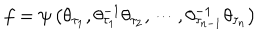
LaTeX: f = \psi \left( \theta _ { \tau _ { 1 } } , \theta _ { \tau _ { 1 } } ^ { - 1 } \theta _ { \tau _ { 2 } } , \cdots , \theta _ { \tau _ { n - 1 } } ^ { - 1 } \theta _ { \tau _ { n } } \right)